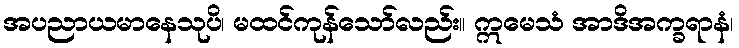
အပညာယမာနေသုပိ၊ မထင်ကုန်သော်လည်း။ ဣမေသံ အာဒိအက္ခရာနံ၊